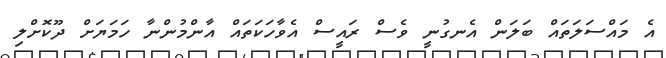
އެ މައްސަލަތައް ބަލަން އެނގުނީ ވެސް ރައީސް އެވާހަކަތައް އާންމުންނާ ހަމަޔަށް ދޫކޮށްލި